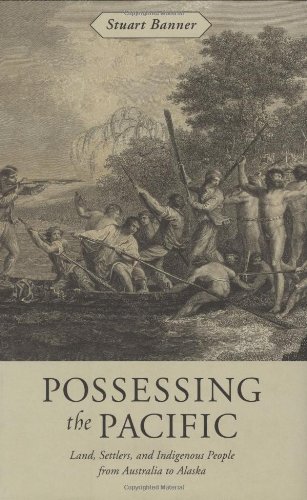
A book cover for Possessing the Pacific: Land, Settlers, and Indigenous People from Australia to Alaska; Stuart Banner; Law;